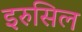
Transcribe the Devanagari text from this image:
इरुसिल